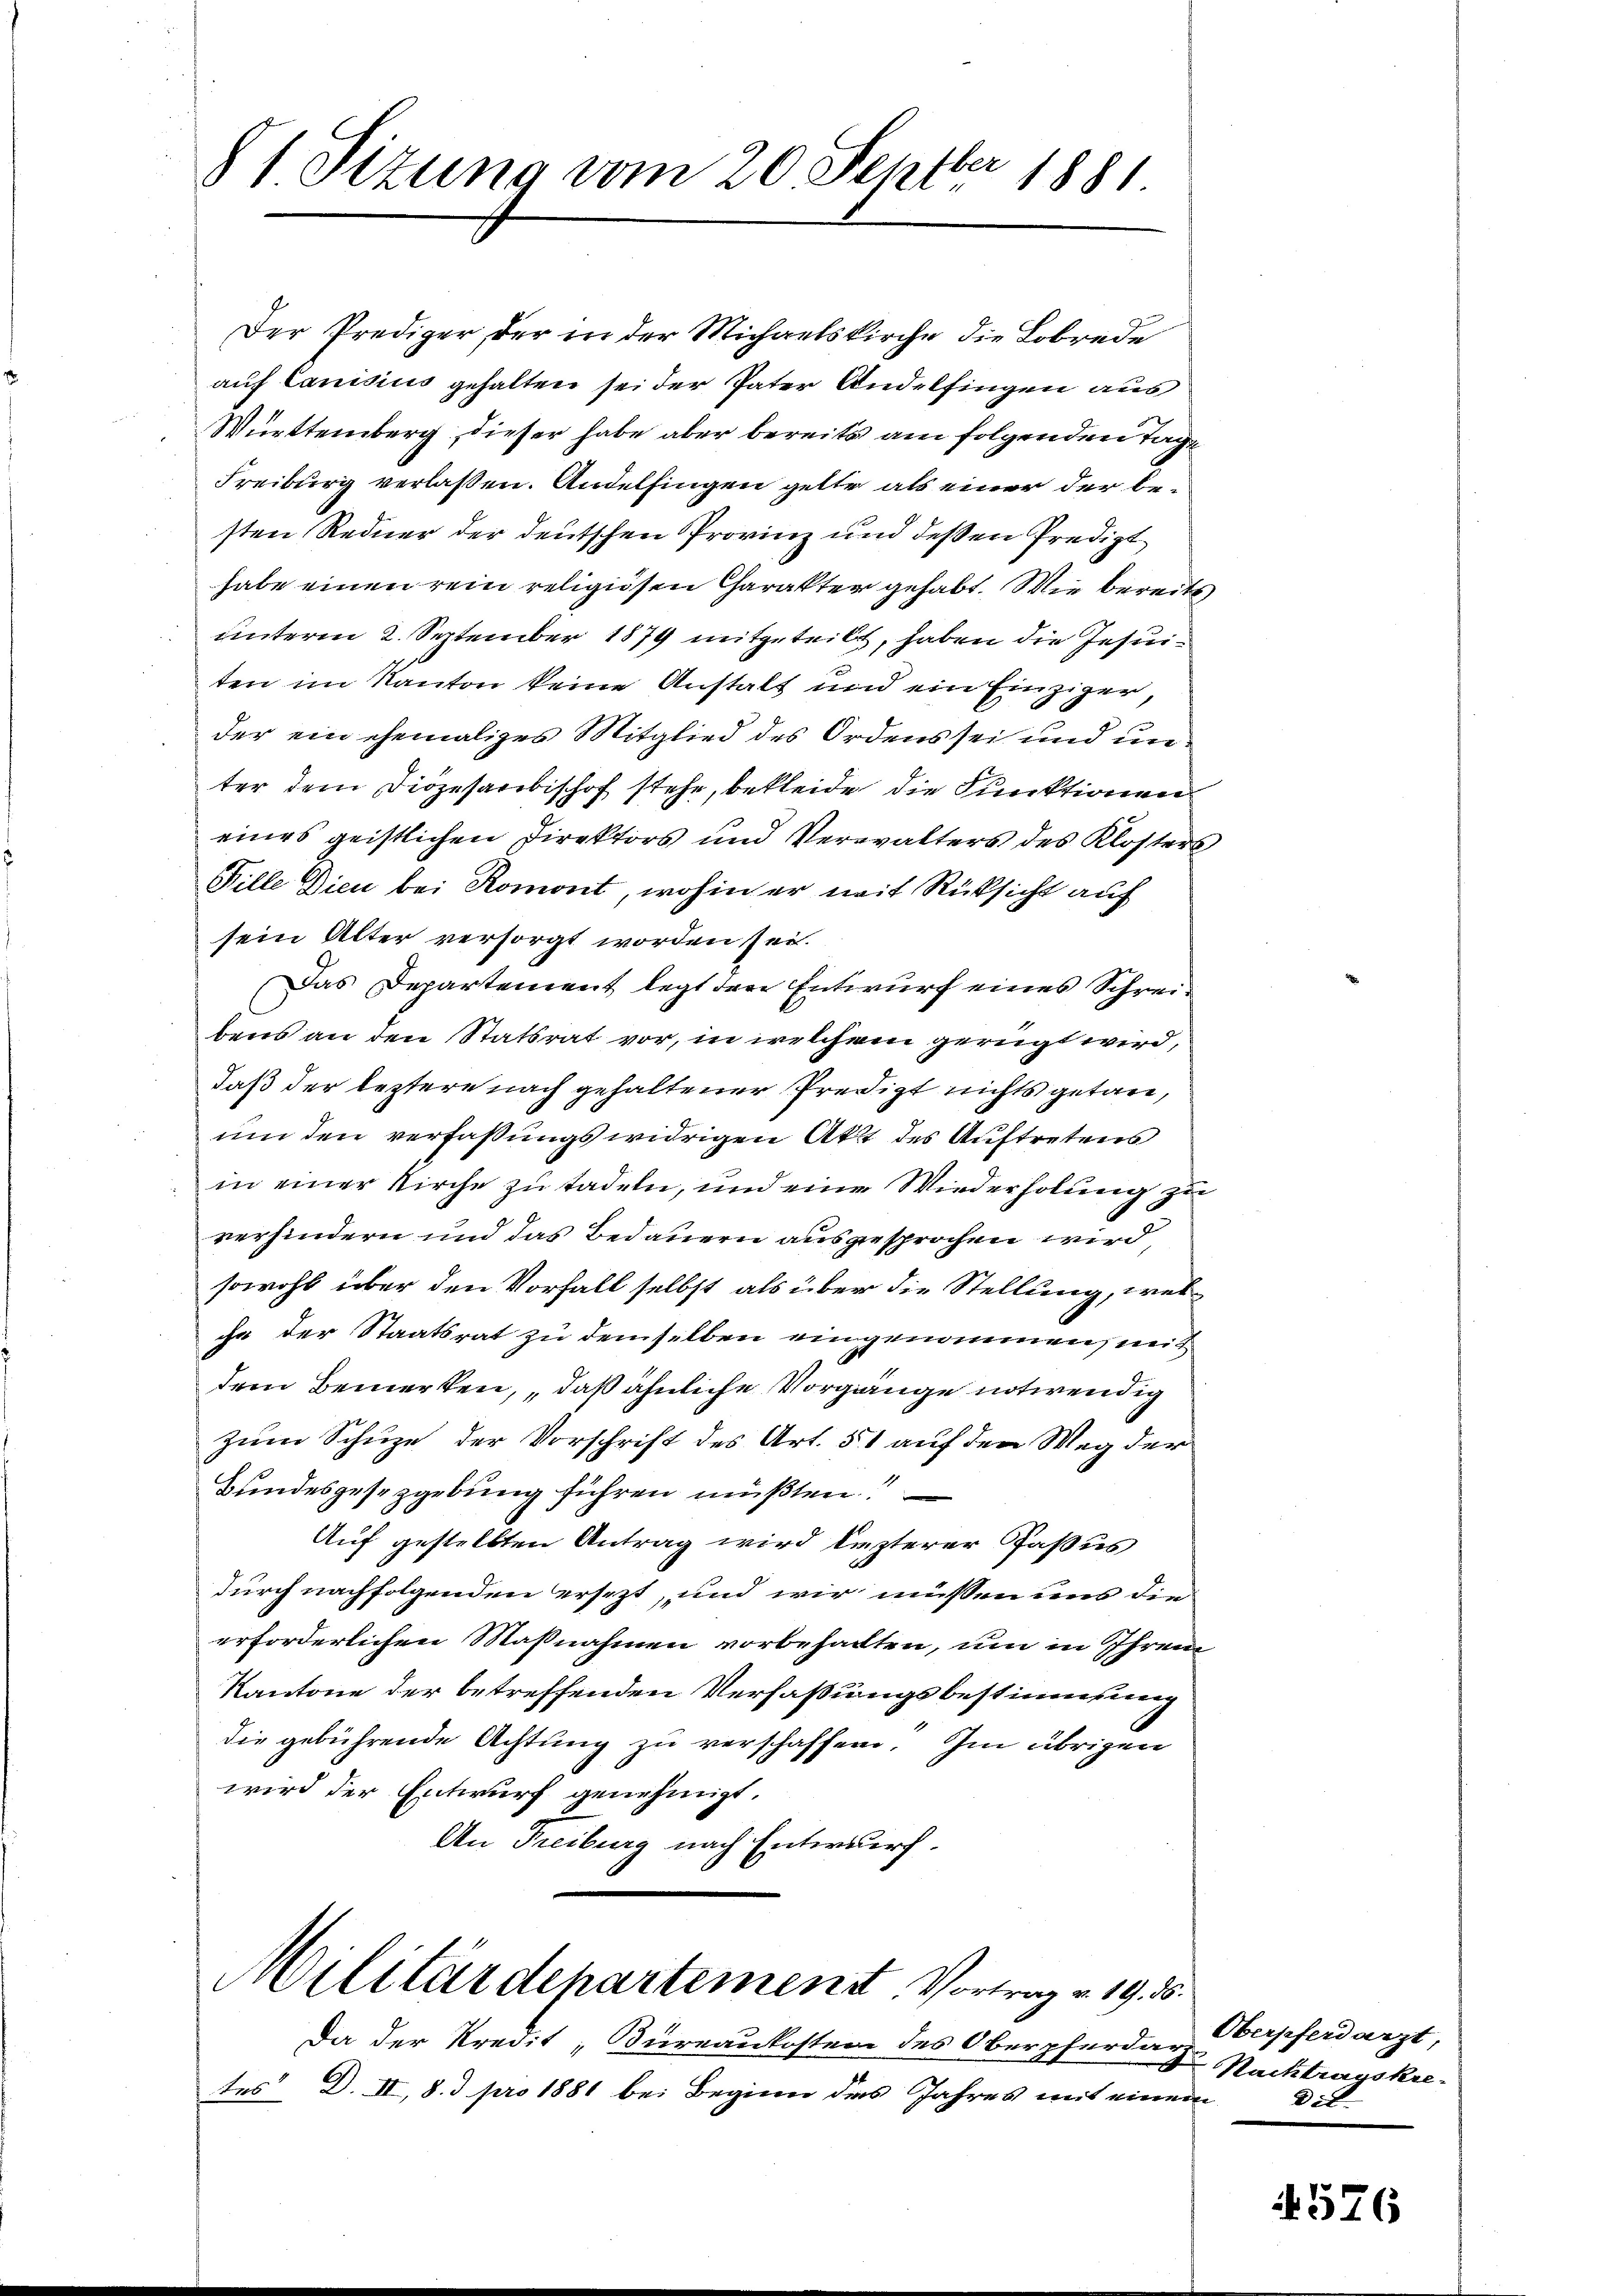
81 Sizung vom 20. Septber 1881

Der Prediger, der in der Michaelskirche die Lobrede
auf Lanisius gehalten sei der Pater Andelfingen aus
Württemberg, dieser habe aber bereits am folgenden Tage
Freiburg verlaßen. Andelfingen gelte als einer der besten Redner der deutschen Provinz und deßen Predigt
habe einen rein religiösen Charakter gehabt. Wie bereits
unterm 2. September 1879 mitgeteilt, haben die Jesuiten im Kanton keine Anstalt und ein Einziger,
der ein ehemaliges Mitglied des Ordens sei und un
ter dem Diözesarbischof stehe, bekleide die Funktionen
eines geistlichen Direktors und Verwalters des Klosterb
Fille Dien bei Romont, wohin er mit Rücksicht auf
sein Alter versorgt worden sei.
Das Departement legt der Entwurf eines Schreibens an den Statsrat vor, in welchem gerügt wird,
daß der leztere nach gehaltener Predigt nichts getan,
um den verfaßungswidrigen Akt des Auftretens
in einer Kirche zu tadeln, und eine Wiederholung zu
verhindern und das Bedauern ausgesprochen wird
sowohl über den Vorfall selbst als über die Stellung, welche der Staatsrat zu demselben eingenommen, mit
dem Bemerken, daß ähnliche Vorgänge notwendig
zum Schuze der Vorschrift des Art. 51 auf den Weg der
Bundesgesezgebung führen müßten!
Auf gestellten Antrag wird lezterer Gaßus
durch nachfolgenden ersezt, und wir müssen uns die
erforderlichen Maßnahmen vorbehalten, um in Ihrem
Kantone der betreffenden Verfassungsbestimmung
die gebührende Achtung zu verschaffen. Im übrigen
wird der Entwurf genehmigt.
An Freiburg nach Entwurf.
Militärdepartement, Vortrag v. 19. d.
Da der Kredit, Büreaukosten des Oberpferdar Verpferdarzt,
tes D. II, 8.3 pro 1881 bei Beginn des Jahres mit einem

Nachtragskre
Die

4576